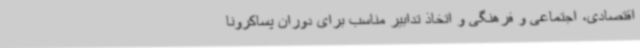
اقتصادی، اجتماعی و فرهنگی و اتخاذ تدابیر مناسب برای دوران پساکرونا